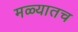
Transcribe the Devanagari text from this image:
मळ्यातच